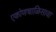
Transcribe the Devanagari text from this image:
एकोणचाळिसावा